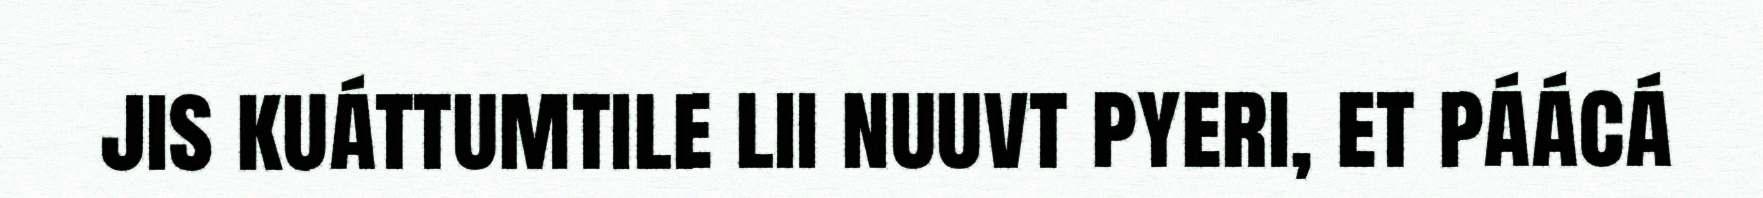
jis kuáttumtile lii nuuvt pyeri, et páácá